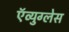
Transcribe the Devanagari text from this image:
ऍव्युग्लेस